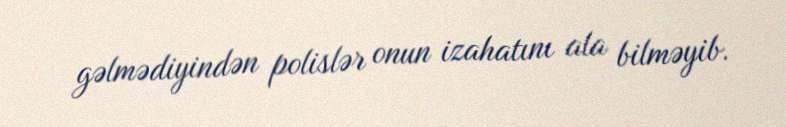
gəlmədiyindən polislər onun izahatını ala bilməyib.